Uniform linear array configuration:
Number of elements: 64
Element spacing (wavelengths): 0.75
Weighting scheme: binomial
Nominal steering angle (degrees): -60
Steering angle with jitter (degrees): -61.097
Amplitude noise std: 0.05
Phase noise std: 0.05

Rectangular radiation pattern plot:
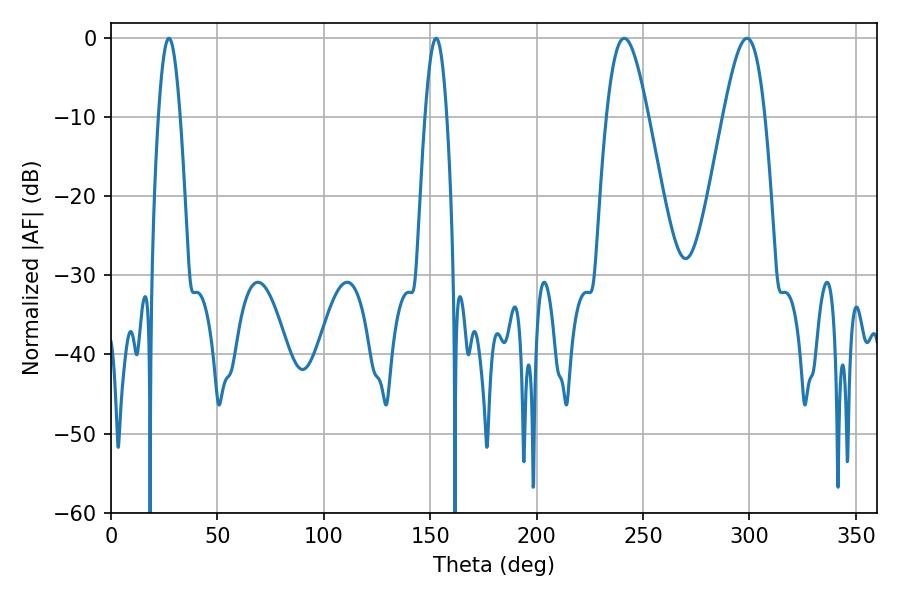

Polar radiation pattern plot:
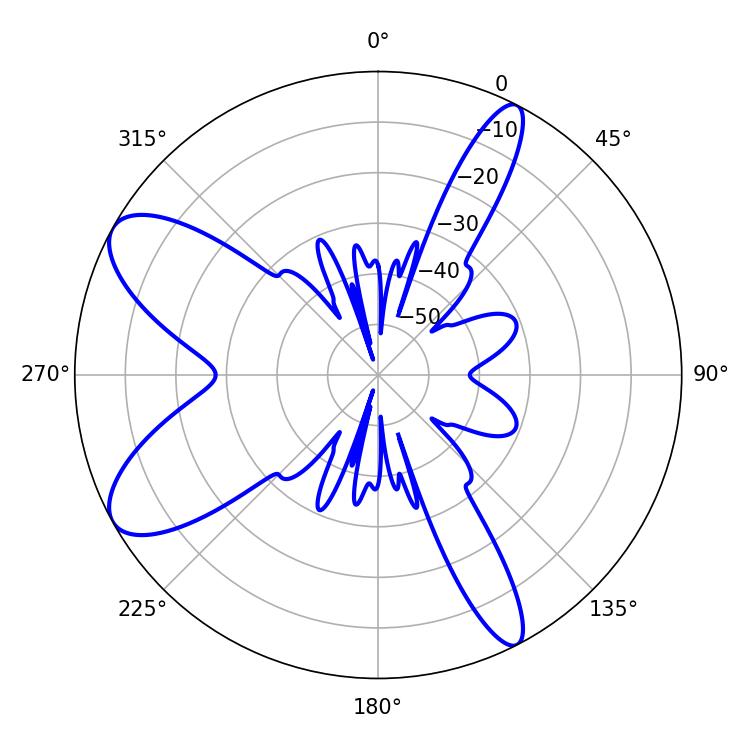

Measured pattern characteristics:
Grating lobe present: TRUE
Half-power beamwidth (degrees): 10.44
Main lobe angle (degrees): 241.2